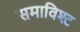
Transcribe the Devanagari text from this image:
समाविश्ट